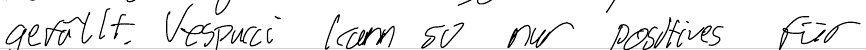
gefällt. Vespucci kann so nur positives für